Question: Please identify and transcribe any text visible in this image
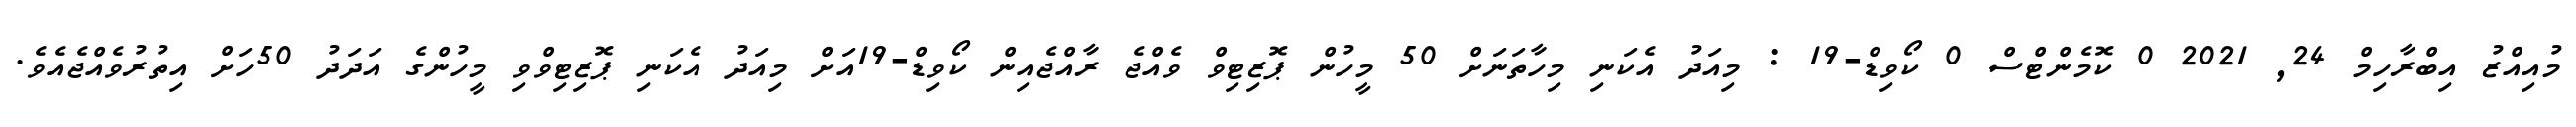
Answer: މުއިއްޒު އިބްރާހިމް 24, 2021 0 ކޮމެންޓްސް 0 ކޯވިޑް-19 : މިއަދު އެކަނި މިހާތަނަށް 50 މީހުން ޕޮޒިޓިވް ވެއްޖެ ރާއްޖެއިން ކޯވިޑް-19އަށް މިއަދު އެކަނި ޕޮޒިޓިވްވި މީހުންގެ އަދަދު 50ހަށް އިތުރުވެއްޖެއެވެ.